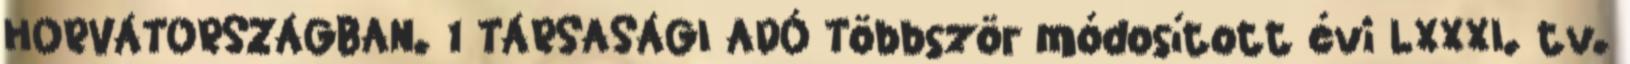
HORVÁTORSZÁGBAN. 1 TÁRSASÁGI ADÓ Többször módosított évi LXXXI. tv.